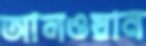
আলওয়ান